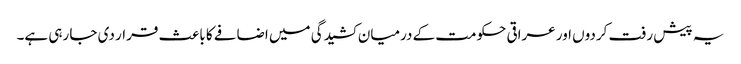
یہ پیش رفت کردوں اور عراقی حکومت کے درمیان کشیدگی میں اضافے کا باعث قرار دی جا رہی ہے۔